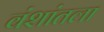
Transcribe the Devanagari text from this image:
वंशांतला